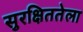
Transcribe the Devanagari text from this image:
सुरक्षिततेला